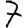
Digit: 7